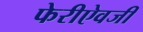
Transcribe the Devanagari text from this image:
फेरीऐवजी